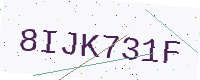
Text: 8IJK731F